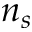
n _ { s }